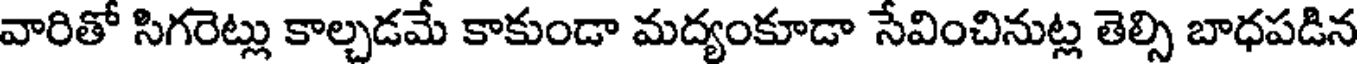
వారితో సిగరెట్లు కాల్చడమే కాకుండా మద్యంకూడా సేవించినుట్ల తెల్సి బాధపడిన